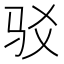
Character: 驳